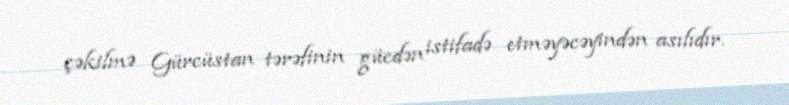
çəkilmə Gürcüstan tərəfinin gücdən istifadə etməyəcəyindən asılıdır.